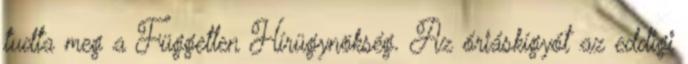
tudta meg a Független Hírügynökség. Az óriáskígyót az eddigi